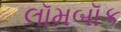
લૉમબૉક